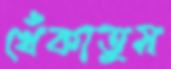
খেঁকাতুম